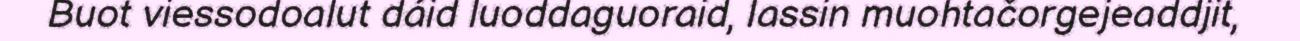
Buot viessodoalut dáid luoddaguoraid, lassin muohtačorgejeaddjit,